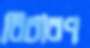
বিচারণ